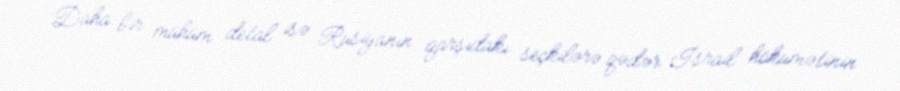
Daha bir mühüm detal isə Rusiyanın qarşıdakı seçkilərə qədər İsrail hökumətinin